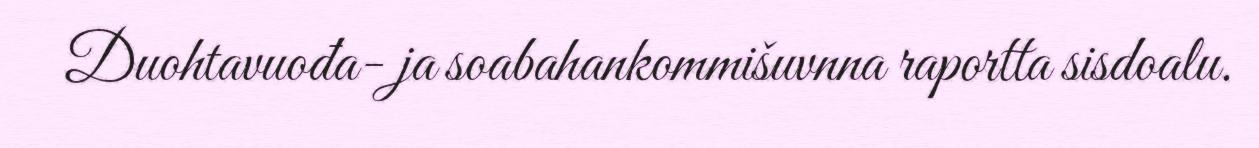
Duohtavuođa- ja soabahankommišuvnna raportta sisdoalu.